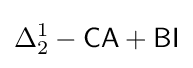
\Delta _{2}^{1}-{\mathsf {CA}}+{\mathsf {BI}}